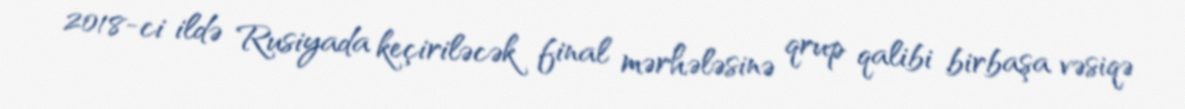
2018-ci ildə Rusiyada keçiriləcək final mərhələsinə qrup qalibi birbaşa vəsiqə